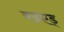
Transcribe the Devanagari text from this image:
बडएड्